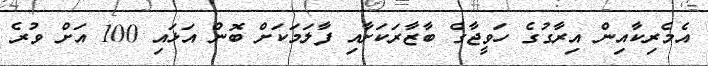
އެމެރިކާއިން އިރާގުގެ ހަވީޖާގެ ބާޒާރަކަށާއި ފާލަމަކަށް ބޮން އަޅައި 100 އަށް ވުރެ